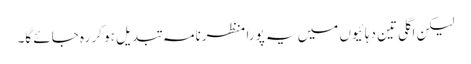
لیکن اگلی تین دہائیوں میں یہ پورا منظرنامہ تبدیل ہو کر رہ جائے گا۔